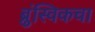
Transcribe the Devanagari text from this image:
ब्रुंस्विकचा